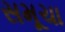
સમૂચા